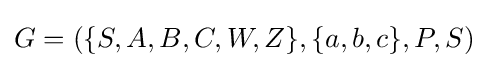
G=(\{S,A,B,C,W,Z\},\{a,b,c\},P,S)